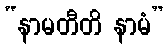
“နာမတီတိ နာမံ”